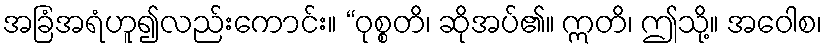
အခြံအရံဟူ၍လည်းကောင်း။ “ဝုစ္စတိ၊ ဆိုအပ်၏။ ဣတိ၊ ဤသို့။ အဝေါစ၊